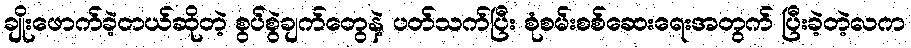
ချိုးဖောက်ခဲ့တယ်ဆိုတဲ့ စွပ်စွဲချက်တွေနဲ့ ပတ်သက်ပြီး စုံစမ်းစစ်ဆေးရေးအတွက် ပြီးခဲ့တဲ့လက